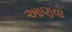
આણવો